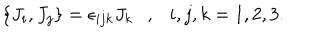
\left\{ J _ { i } , J _ { j } \right\} = \epsilon _ { i j k } J _ { k } , i , j , k = 1 , 2 , 3 .